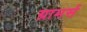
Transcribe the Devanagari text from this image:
ग्रामर्स